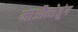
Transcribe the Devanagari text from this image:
माऔत्सेतुंग